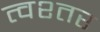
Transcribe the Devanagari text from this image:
त्वश्तर